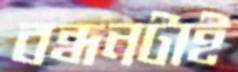
বন্ধনটাই